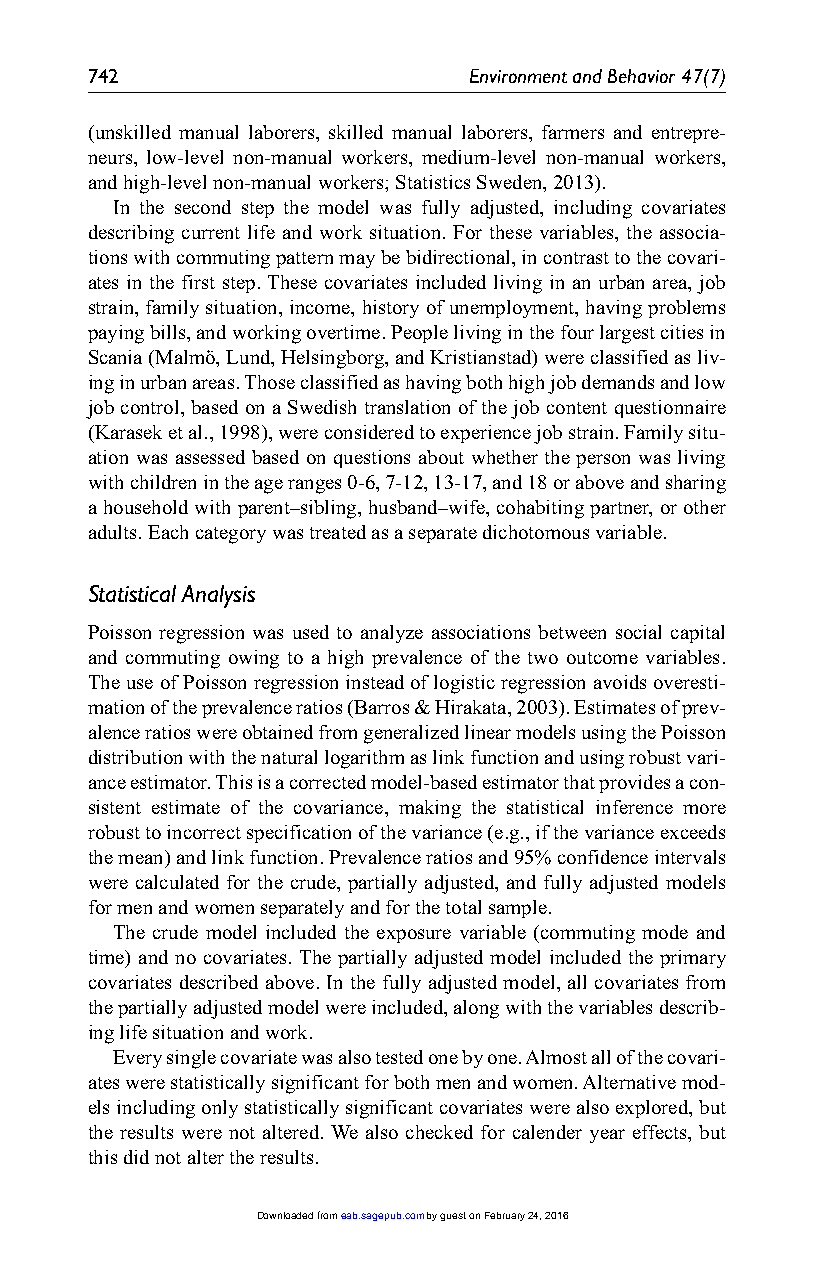
742                      Environment and Behavior 47(7)
 (unskilled manual laborers, skilled manual laborers, farmers and entrepre-
 neurs, low-level non-manual workers, medium-level non-manual workers,
 and high-level non-manual workers; Statistics Sweden, 2013).
 In the second step the model was fully adjusted, including covariates
 describing current life and work situation. For these variables, the associa-
 tions with commuting pattern may be bidirectional, in contrast to the covari-
 ates in the first step. These covariates included living in an urban area, job
 strain, family situation, income, history of unemployment, having problems
 paying bills, and working overtime. People living in the four largest cities in
 Scania (Malmö, Lund, Helsingborg, and Kristianstad) were classified as liv-
 ing in urban areas. Those classified as having both high job demands and low
 job control, based on a Swedish translation of the job content questionnaire
 (Karasek et al., 1998), were considered to experience job strain. Family situ-
 ation was assessed based on questions about whether the person was living
 with children in the age ranges 0-6, 7-12, 13-17, and 18 or above and sharing
 a household with parent–sibling, husband–wife, cohabiting partner, or other
 adults. Each category was treated as a separate dichotomous variable.
 Statistical Analysis
 Poisson regression was used to analyze associations between social capital
 and commuting owing to a high prevalence of the two outcome variables.
 The use of Poisson regression instead of logistic regression avoids overesti-
 mation of the prevalence ratios (Barros & Hirakata, 2003). Estimates of prev-
 alence ratios were obtained from generalized linear models using the Poisson
 distribution with the natural logarithm as link function and using robust vari-
 ance estimator. This is a corrected model-based estimator that provides a con-
 sistent estimate of the covariance, making the statistical inference more
 robust to incorrect specification of the variance (e.g., if the variance exceeds
 the mean) and link function. Prevalence ratios and 95% confidence intervals
 were calculated for the crude, partially adjusted, and fully adjusted models
 for men and women separately and for the total sample.
 The crude model included the exposure variable (commuting mode and
 time) and no covariates. The partially adjusted model included the primary
 covariates described above. In the fully adjusted model, all covariates from
 the partially adjusted model were included, along with the variables describ-
 ing life situation and work.
 Every single covariate was also tested one by one. Almost all of the covari-
 ates were statistically significant for both men and women. Alternative mod-
 els including only statistically significant covariates were also explored, but
 the results were not altered. We also checked for calender year effects, but
 this did not alter the results.
 Downloaded from eab.sagepub.com by guest on February 24, 2016